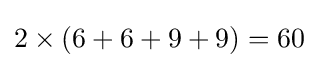
2\times (6+6+9+9)=60